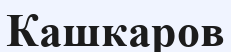
Кашкаров